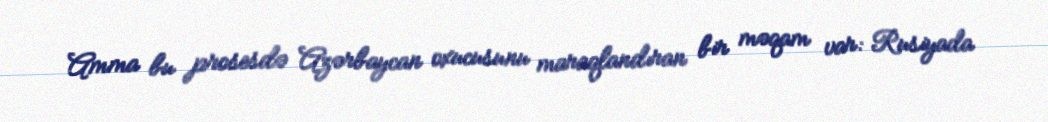
Amma bu prosesdə Azərbaycan oxucusunu maraqlandıran bir məqam var: Rusiyada